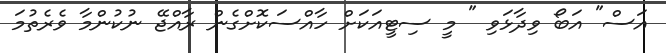
އަސް" އަބޯ ވިދާޅަވި " މީ ސިޓީއަކަށް ހާއްސަކޮށްގެން ރާއްޖޭ ނުކުންމާ ވެރެތުމަ